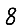
Digit: 8